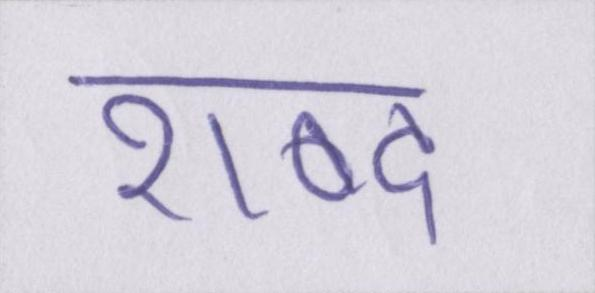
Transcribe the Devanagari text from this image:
शब्द